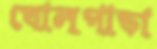
ঘোলপাড়া